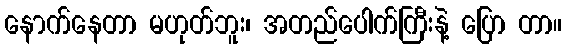
နောက်နေတာ မဟုတ်ဘူး၊ အတည်ပေါက်ကြီးနဲ့ ပြော တာ။